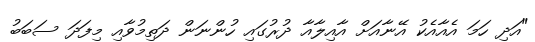
"އަދި ހަމަ އެއާއެކު އޭނާއަށް އާއިލާއާ ދުރުގައި ހުންނަން ދަތިމުވާއި މިފަދަ ސަބަބު